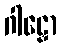
ဂါဠှော